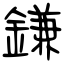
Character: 鎌